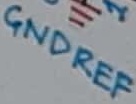
Text: GNDREF